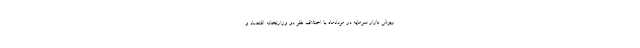
ریزش بازار سرمایه در مردادماه با اختلاف نظر دو وزارتخانه اقتصاد و